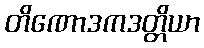
တိဏောဒကဒတ္တိယာ